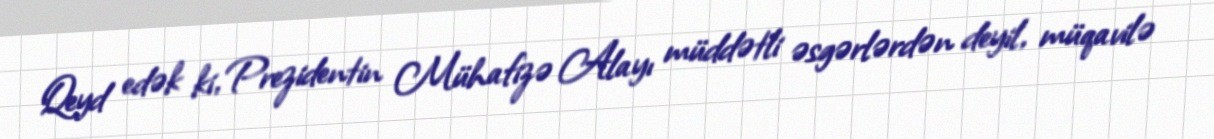
Qeyd edək ki, Prezidentin Mühafizə Alayı müddətli əsgərlərdən deyil, müqavilə